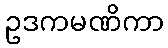
ဥဒကမဏိကာ